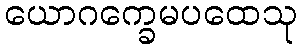
ယောဂက္ခေမပထေသု